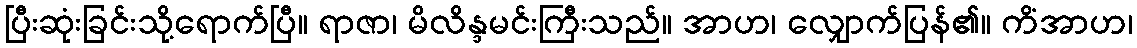
ပြီးဆုံးခြင်းသို့ရောက်ပြီ။ ရာဇာ၊ မိလိန္ဒမင်းကြီးသည်။ အာဟ၊ လျှောက်ပြန်၏။ ကိံအာဟ၊